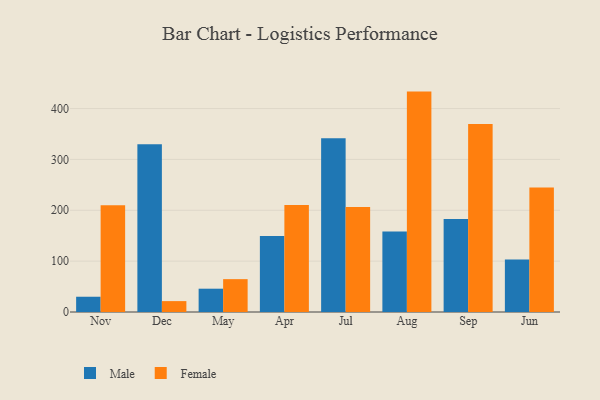
{"axis": {"x": "Month", "y": "Inventory Turnover"}, "legend": ["Female", "Male"], "data": [{"x": "Nov", "y": 30.0, "type": "Male"}, {"x": "Nov", "y": 209.7, "type": "Female"}, {"x": "Dec", "y": 329.8, "type": "Male"}, {"x": "Dec", "y": 21.4, "type": "Female"}, {"x": "May", "y": 45.8, "type": "Male"}, {"x": "May", "y": 64.6, "type": "Female"}, {"x": "Apr", "y": 149.3, "type": "Male"}, {"x": "Apr", "y": 210.6, "type": "Female"}, {"x": "Jul", "y": 341.6, "type": "Male"}, {"x": "Jul", "y": 206.4, "type": "Female"}, {"x": "Aug", "y": 158.2, "type": "Male"}, {"x": "Aug", "y": 433.3, "type": "Female"}, {"x": "Sep", "y": 182.7, "type": "Male"}, {"x": "Sep", "y": 369.6, "type": "Female"}, {"x": "Jun", "y": 103.3, "type": "Male"}, {"x": "Jun", "y": 245.0, "type": "Female"}]}